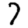
Digit: 7